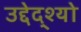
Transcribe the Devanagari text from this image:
उद्देद्श्यो